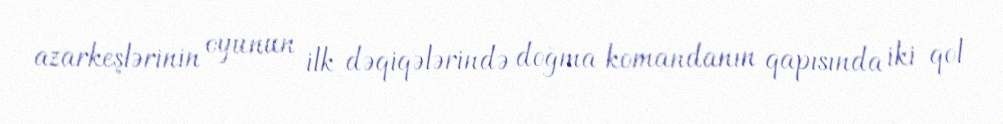
azarkeşlərinin oyunun ilk dəqiqələrində doğma komandanın qapısında iki qol